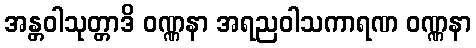
အန္တဝါသုတ္တာဒိ ဝဏ္ဏနာ အရညဝါသကာရဏ ဝဏ္ဏနာ